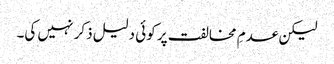
لیکن عدمِ مخالفت پر کوئی دلیل ذکر نہیں کی۔